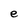
Character: e